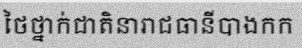
ថៃថ្នាក់ជាតិនារាជធានីបាងកក